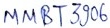
Text: MMBT3906